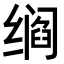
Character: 𬙁